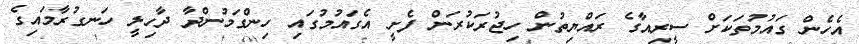
އެހެން ގައުމުތަކަށް ސީރިއާގެ ރައްޔިތުން ހިޖުރަކުރަން ފެށީ އެގައުމުގައި ހިންގަމުންދާ ދާހިލީ ހަނގުރާމައިގެ